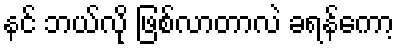
နင် ဘယ်လို ဖြစ်လာတာလဲ ခရန်ကော့